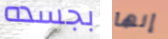
بجسده إنها